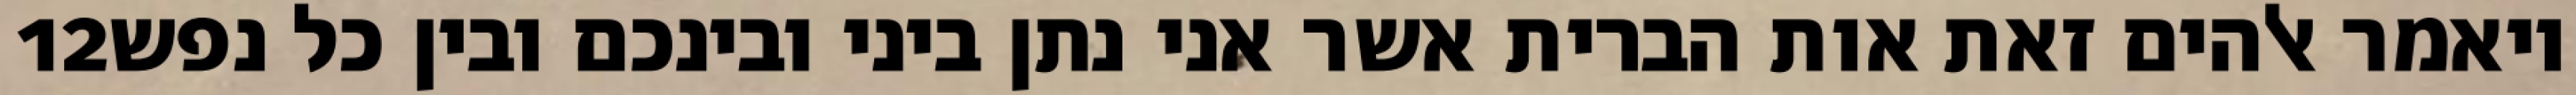
‎12‏ ויאמר אלהים זאת אות הברית אשר אני נתן ביני ובינכם ובין כל נפש